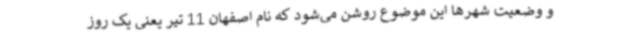
و وضعیت شهرها این موضوع روشن می‌شود که نام اصفهان 11 تیر یعنی یک روز